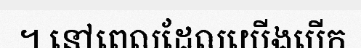
។ នៅពេលដែលយើងបើក